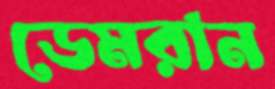
ডেমরান